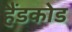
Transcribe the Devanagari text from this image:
हैंडकोड